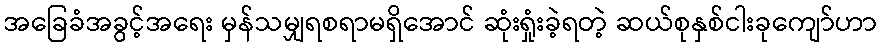
အခြေခံအခွင့်အရေး မှန်သမျှရစရာမရှိအောင် ဆုံးရှုံးခဲ့ရတဲ့ ဆယ်စုနှစ်ငါးခုကျော်ဟာ